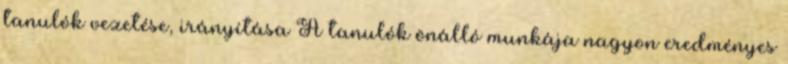
tanulók vezetése, irányítása A tanulók önálló munkája nagyon eredményes